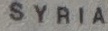
SYRIA